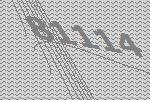
81114